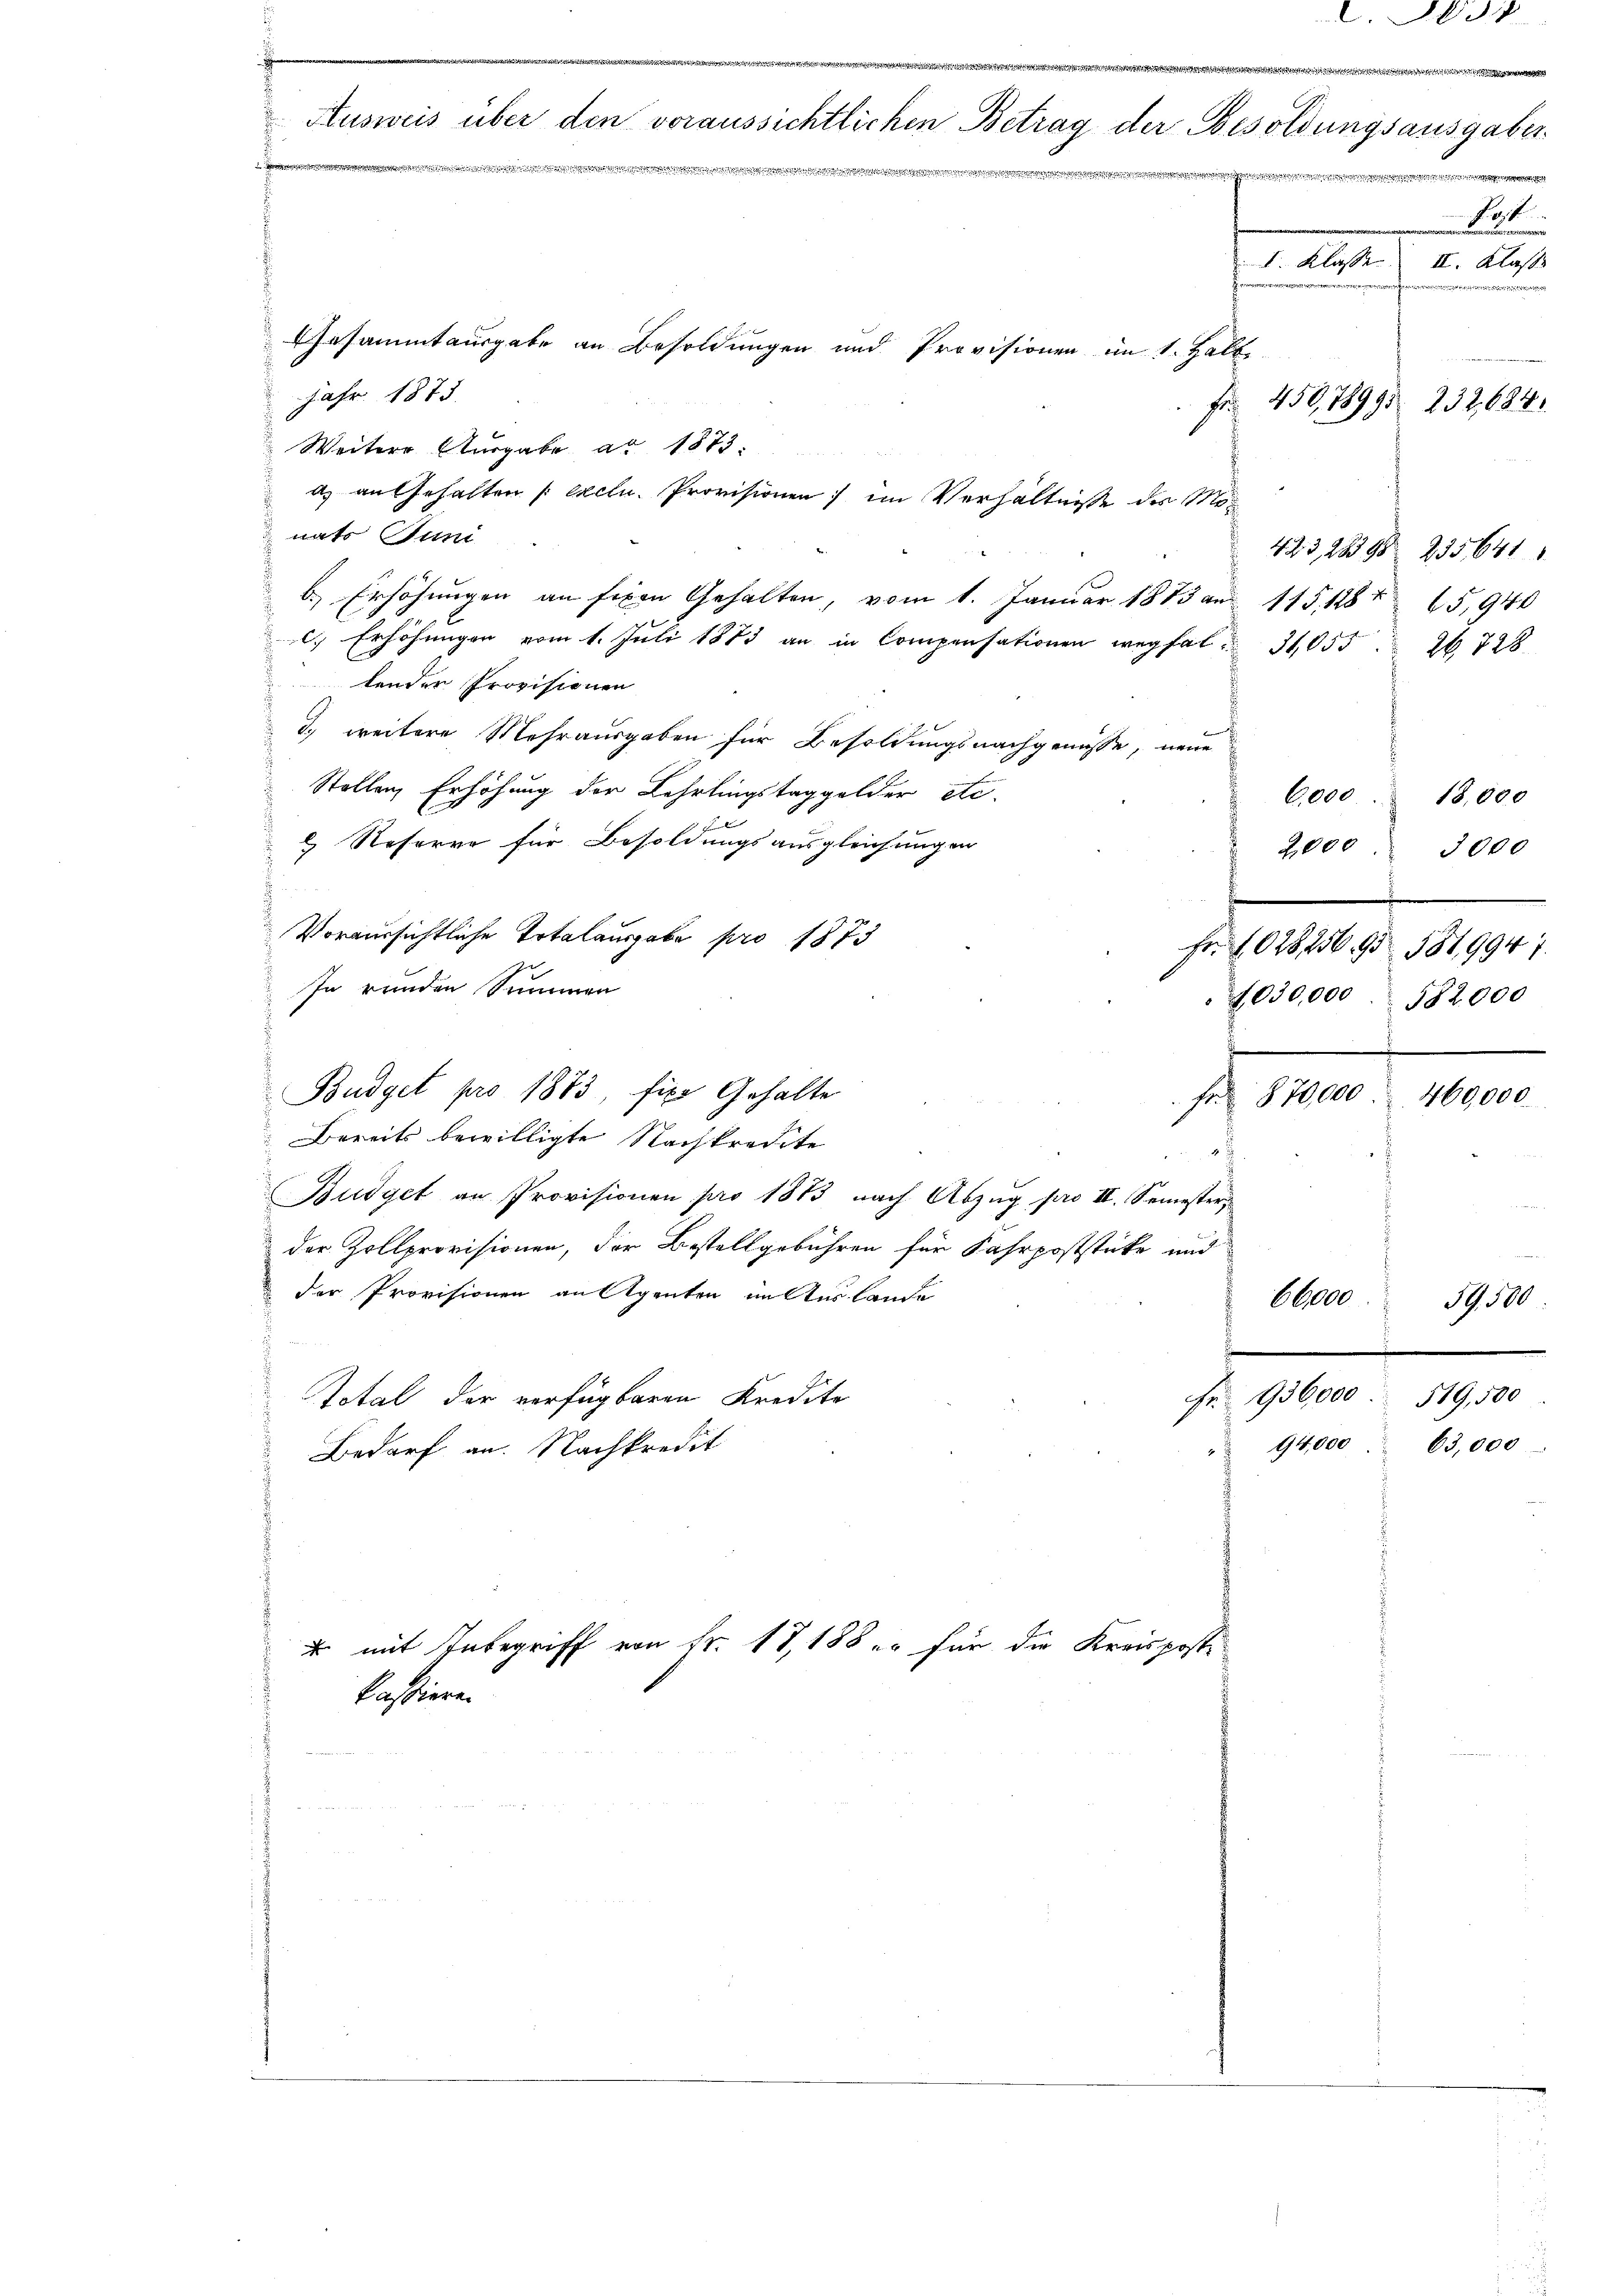
d
e
Ausweis über den voraussichtlichen Betrag der Besoldungsausgaber
e
e
Gesammtausgabe an Besoldungen und Provisionen im 1. Halb
Jahr 1875.
Fr. 450,7899. 232,684
Weitere Ausgabe ad 1873.

nats Juni
b.) Erhöhungen an seien Gehalten, vom 1. Januar 1873 an 115, 128 f 25, 940
 Erhöhungen vom 1. Juli 1873 an in Compensationen wegfal 3,055 26. 728
lender Provisionen
d) weitere Mehrausgaben für Besoldungsnachgenüsse, neue
Stellen, Erhöhung der Lehrlingstaggelder etc.
9 Reserve für Besoldungsausgleichungen
Voraussichtliche Totalausgabe pro 1873
In runden Summen
Budget pro 1883, fixe Gehalte
Fr 870,000
Bereits bewilligte Nachkredite
Büdget an Provisionen pro 1873 nach Abzug pro II. Semester,
der Zollprovisionen, der Bestellgebühren für Fahrpoststücke und
der Provisionen an Agenten in Auslande
Eber
Fr. 936,000. 519,500
Total der verfügbaren Kredite
94,000
Bedarf an. Nachkredit
 mit Inbegriff von Fr. 17, 188 er für die Kreisposte
kassiere.

a) an Gehalten [Exclu. Provisionen im Verhältnisse des Mon

st
I. Klasse II. Klasse
e

423, 289 235,641
6,000
18,000
2,000. 3000
Fr. 1028256. 93. 581,9947.
4030,000
582,000
e

460,000.

63,000

1900